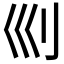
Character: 𠚴